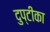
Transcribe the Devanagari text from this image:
दुप्टीका